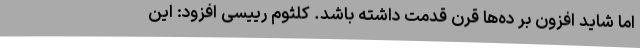
اما شاید افزون بر ده‌ها قرن قدمت داشته باشد. کلثوم رییسی افزود: این